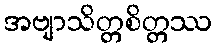
အဗျာသိတ္တစိတ္တဿ